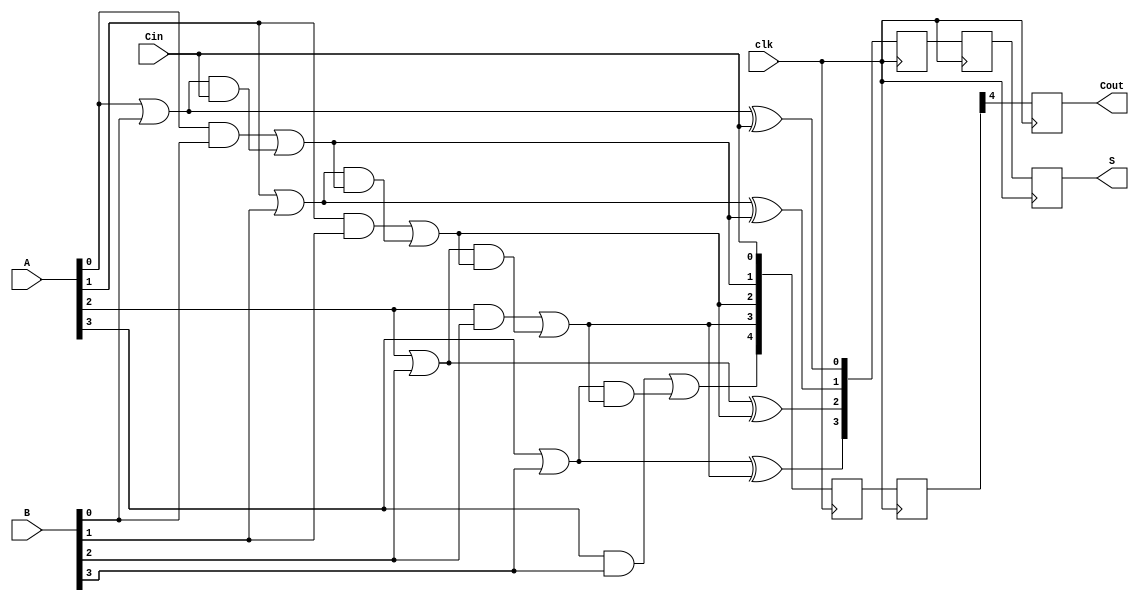
module PipelinedCLA #(parameter N = 4, parameter STAGES = 2) (
    input wire clk,
    input wire [N-1:0] A,
    input wire [N-1:0] B,
    input wire Cin,
    output reg [N-1:0] S,
    output reg Cout
);

    // Intermediate signals
    wire [N-1:0] G; // Generate signals
    wire [N-1:0] P; // Propagate signals
    wire [N:0] C;   // Carry signals

    // Generate and propagate calculations
    genvar i;
    generate
        for (i = 0; i < N; i = i + 1) begin : gen_prop
            assign G[i] = A[i] & B[i];
            assign P[i] = A[i] | B[i];
        end
    endgenerate

    // Carry calculations
    assign C[0] = Cin;
    generate
        for (i = 1; i <= N; i = i + 1) begin : carry_calc
            assign C[i] = G[i-1] | (P[i-1] & C[i-1]);
        end
    endgenerate

    // Sum calculation
    wire [N-1:0] sum_temp;
    generate
        for (i = 0; i < N; i = i + 1) begin : sum_calc
            assign sum_temp[i] = P[i] ^ C[i];
        end
    endgenerate

    // Pipelining registers
    reg [N-1:0] sum_reg [0:STAGES-1];
    reg [N:0] carry_reg [0:STAGES-1];

    // Pipelined processing
    integer stage;
    always @(posedge clk) begin
        // Stage 0: Initial computation
        sum_reg[0] <= sum_temp;
        carry_reg[0] <= C;

        // Stages for pipelining
        for (stage = 1; stage < STAGES; stage = stage + 1) begin
            sum_reg[stage] <= sum_reg[stage-1];
            carry_reg[stage] <= carry_reg[stage-1];
        end

        // Final output
        S <= sum_reg[STAGES-1];
        Cout <= carry_reg[STAGES-1][N];
    end

endmodule